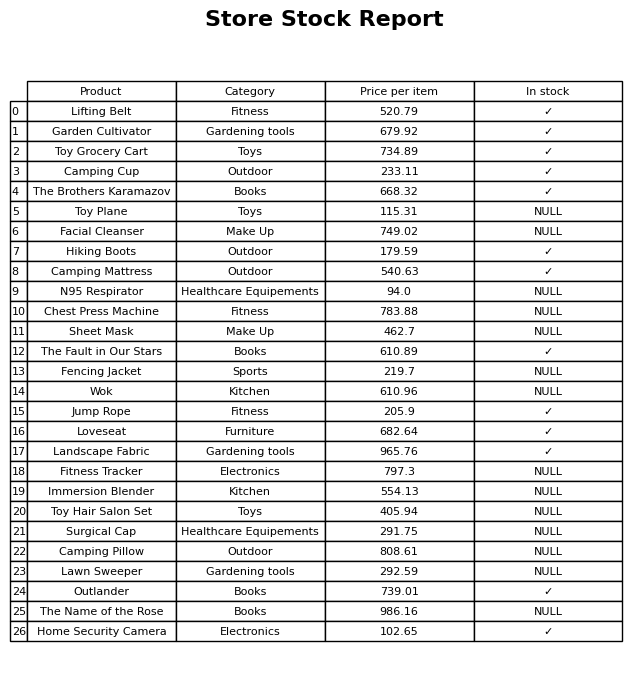
question: What is the price for Garden Cultivator?
answer: The price of Garden Cultivator is 679.92.